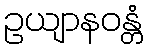
ဥယျာနဝန္တံ